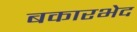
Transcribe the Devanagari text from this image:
बकारभेद